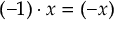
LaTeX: ( - 1 ) \cdot x = ( - x )